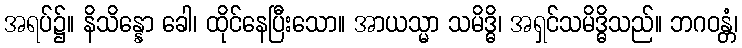
အရပ်၌။ နိသိန္နော ခေါ၊ ထိုင်နေပြီးသော။ အာယသ္မာ သမိဒ္ဓိ၊ အရှင်သမိဒ္ဓိသည်။ ဘဂဝန္တံ၊